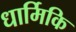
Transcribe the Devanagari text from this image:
धार्मिकि